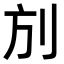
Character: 𠛍